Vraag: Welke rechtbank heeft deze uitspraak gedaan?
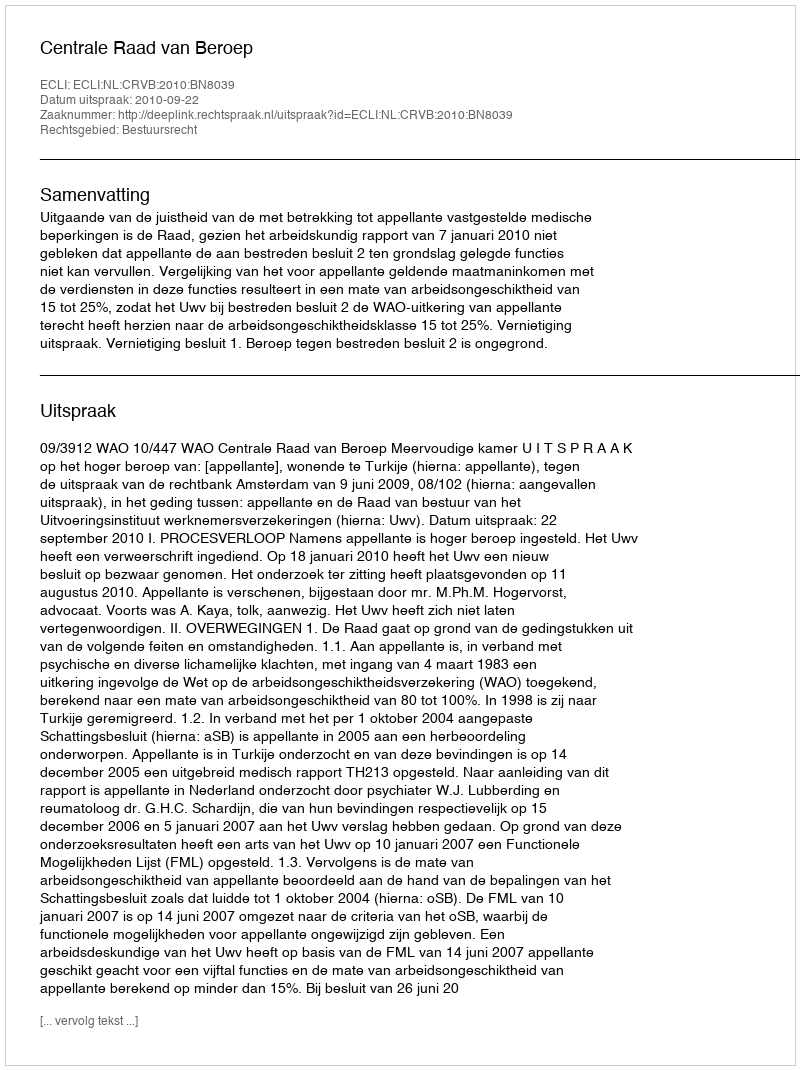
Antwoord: Centrale Raad van Beroep